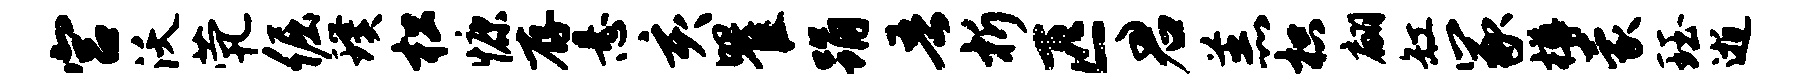
宫沃茕倔璞松慷存悬亥瞿踊吾析匹君羔枳翩缸冢樽蒙珏逝